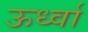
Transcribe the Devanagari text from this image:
ऊर्ध्वा